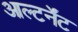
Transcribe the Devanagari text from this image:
आल्टर्नेंट